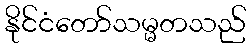
နိုင်ငံတော်သမ္မတသည်